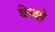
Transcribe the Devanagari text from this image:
बेल्शे